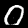
Label: 0